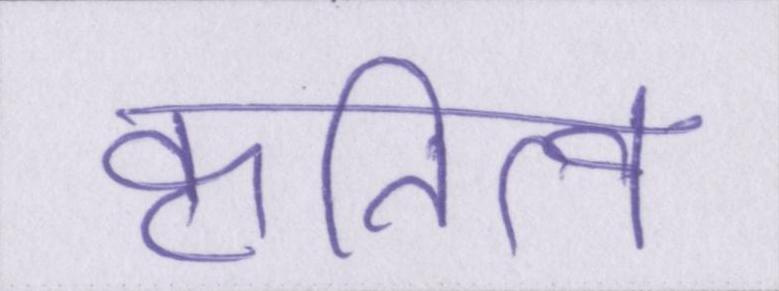
कृतित्व